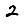
Digit: 2